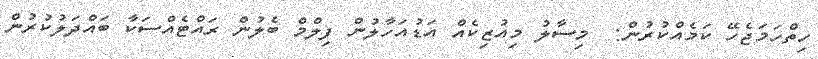
ހިތްހަމަޖެހޭ ކަމެއްކުރުން:  މިސާލު މިއުޒިކެއް އަޑުއަހާލުން ފިލްމް ބެލުން ރައްޓެއްސަކާ ބައްދަލުކުރުން